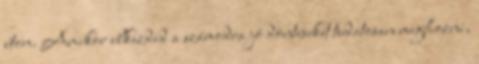
úton. Amikor elkezded a számodra jó döntéseket tudatosan meghozni,